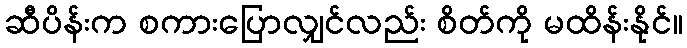
ဆီပိန်းက စကားပြောလျှင်လည်း စိတ်ကို မထိန်းနိုင်။